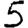
Digit: 5